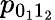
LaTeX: p_{0_{1}1_{2}}